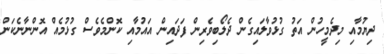
ދިޔުމާއި މިދެމީހުން އަތު ގުޅުވާލައިގެން ދެލޯބިވެރިން ފަދައިން އައުމާއި ކޮންމެވެސް ގުޅުމެއް އޮންނާނެކަން